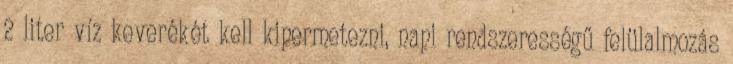
2 liter víz keverékét kell kipermetezni, napi rendszerességű felülalmozás